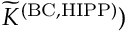
{ \widetilde K } ^ { \mathrm { ( B C , H I P P ) } } )